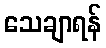
သေချာရန်